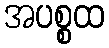
အပစ္စထ